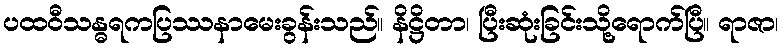
ပထဝီသန္ဓရကပြဿနာမေးခွန်းသည်။ နိဋ္ဌိတာ၊ ပြီးဆုံးခြင်းသို့ရောက်ပြီ။ ရာဇာ၊